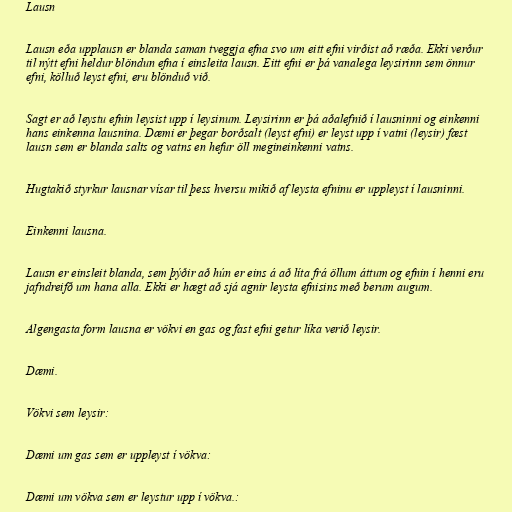
Lausn

Lausn eða upplausn er blanda saman tveggja efna svo um eitt efni virðist að ræða. Ekki verður
til nýtt efni heldur blöndun efna í einsleita lausn. Eitt efni er þá vanalega leysirinn sem önnur
efni, kölluð leyst efni, eru blönduð við.

Sagt er að leystu efnin leysist upp í leysinum. Leysirinn er þá aðalefnið í lausninni og einkenni
hans einkenna lausnina. Dæmi er þegar borðsalt (leyst efni) er leyst upp í vatni (leysir) fæst
lausn sem er blanda salts og vatns en hefur öll megineinkenni vatns.

Hugtakið styrkur lausnar vísar til þess hversu mikið af leysta efninu er uppleyst í lausninni.

Einkenni lausna.

Lausn er einsleit blanda, sem þýðir að hún er eins á að líta frá öllum áttum og efnin í henni eru
jafndreifð um hana alla. Ekki er hægt að sjá agnir leysta efnisins með berum augum.

Algengasta form lausna er vökvi en gas og fast efni getur líka verið leysir.

Dæmi.

Vökvi sem leysir:

Dæmi um gas sem er uppleyst í vökva:

Dæmi um vökva sem er leystur upp í vökva.: